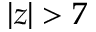
| z | > 7